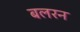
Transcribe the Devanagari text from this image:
बलरन